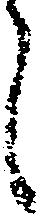
し